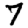
Digit: 7